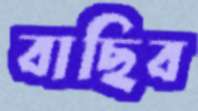
বাছিব